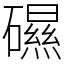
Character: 礘